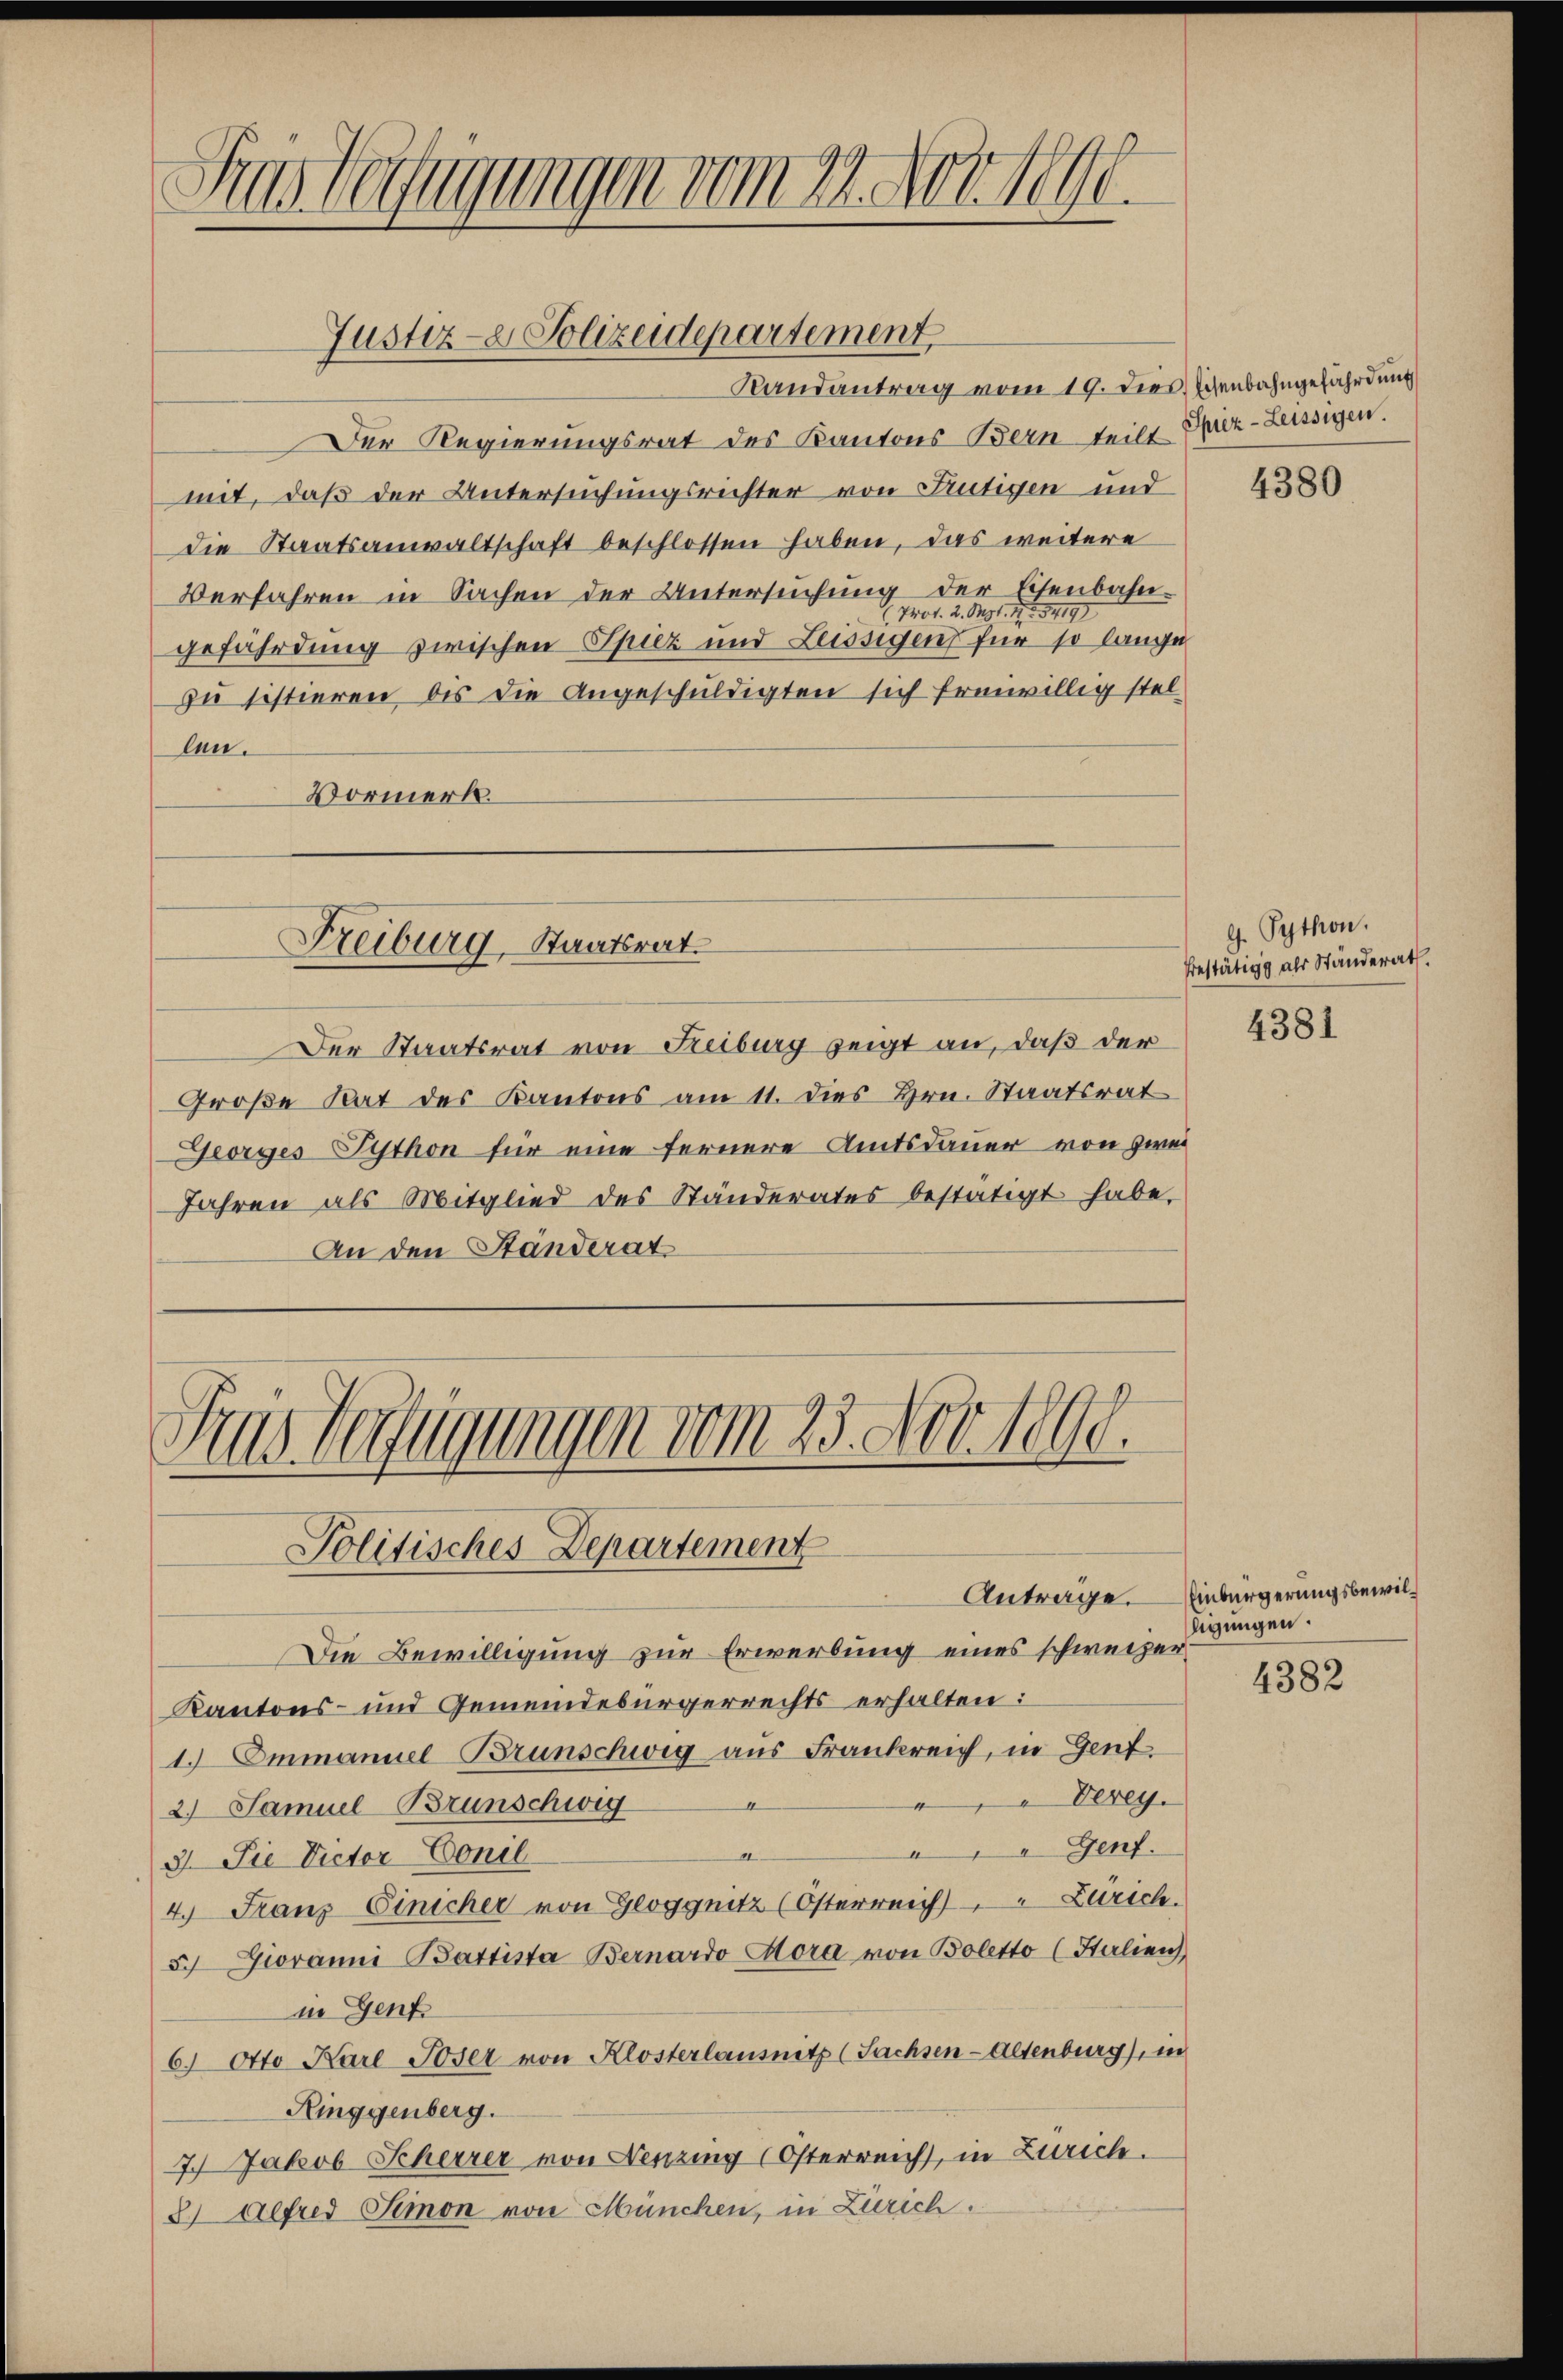
Gras befugungen vom 21. Nove

Justiz- & Polizeidepartement

Freiburg, Staatsrat

Randantrag vom 19. dies Eisenbahngefährdung
er Regierungsrat des Kantons Bern teilt Spiez-Leissigen.
mit, daß der Untersuchungsrichter von Frutigen und
die Staatsanwaltschaft beschlossen haben, das weitere
Verfahren in Sachen der Untersuchung der Eisenbahn-
Prof. 2. Mar. 172. 54197
gefährdung zwischen Spiez und Leissigen für so lange
zu sistieren des die Angeschuldigten sich freiwillig stel-
len.
Vormerk.

Der Staatsrat von Freiburg zeigt an, daß der
Große Rat des Kantons am 11. dies Hrn. Staatsrat
Georges-Python für eine fernere Amtsdauer von zwei
Jahren als Mitglied des Ständerates bestätigt habe,
An den Ständerat

Gras Verfügungen vom 23. Nov. 1890.
Politisches Departement
Anträge.

Die Bewilligung zur Erwerbung eines schweizer
Kantons- und Gemeindebürgerrechts erhalten:
1.) Emmanuel Brunschwig aus Frankreich, in Gent.
Verey.
2.) Samuel-Brunschwig
" Genf.
a
3). Die Victor Concl
4.) Franz Einicher von Gloggnitz (Österreich" Zürich.
5) Giovanni Battista Bernardo Hora von Boletto (Halien
in Genf
6. Otto Karl Joser von Klosterlausnitz (Sachsen-Altenburg), in
Ringgenberg.
7.) Jakob Scherrer von Nenzing (Österreich, in Zürich.
2) Alfred Simon von München, in Zürich.

4380

9. Python.
sestätig als Ständerath.

4381

Einbürgerungsbewilnigungen.

4382